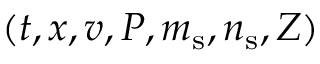
( t , x , v , P , m _ { \mathrm { s } } , n _ { \mathrm { s } } , Z )